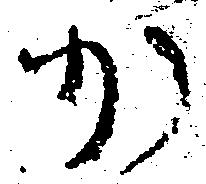
か